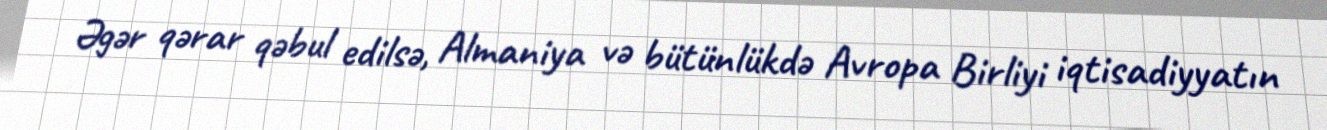
Əgər qərar qəbul edilsə, Almaniya və bütünlükdə Avropa Birliyi iqtisadiyyatın